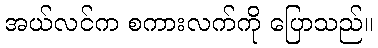
အယ်လင်က စကားလက်ကို ပြောသည်။